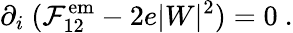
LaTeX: \partial_{i}~({\cal F}_{12}^{\mathrm{em}}-2e|W|^{2})=0~.